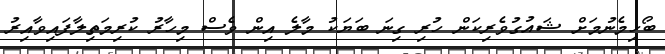
ބޯހިމެނުމަށް ޝައުގުވެރިކަން ހުރި ގިނަ ބަޔަކު މާލެ އިން ވެސް މިހާރު ކުރިމަތިލާފައިވާއިރު